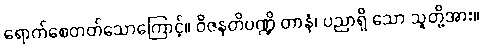
ရောက်စေတတ်သောကြောင့်။ ဝိဇနတိပဏ္ဍိ တာနံ၊ ပညာရှိ သော သူတို့အား။